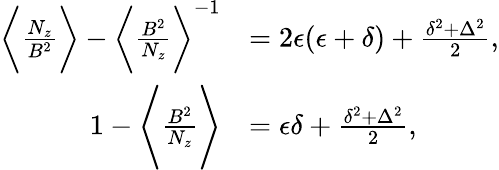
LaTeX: \begin{array}{rl}{\bigg\langle\frac{N_{z}}{B^{2}}\bigg\rangle-\bigg\langle\frac{B^{2}}{N_{z}}\bigg\rangle^{-1}}&{=2\epsilon(\epsilon+\delta)+\frac{\delta^{2}+\Delta^{2}}{2},}\\ {1-\Bigg\langle\frac{B^{2}}{N_{z}}\Bigg\rangle}&{=\epsilon\delta+\frac{\delta^{2}+\Delta^{2}}{2},}\end{array}